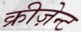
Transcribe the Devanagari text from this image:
क्रीज़ेन्ट